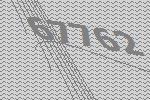
67762